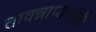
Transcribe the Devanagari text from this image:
तावन्नाप्यनोती